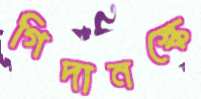
গিদানস্কে